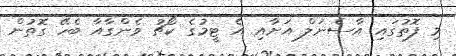
މި ފޮތުގައި އާސެނަލް އަށާއި އެ ޓީމުގެ ކޯޗު ވެންގާއާ ބެހޭ ގޮތުން